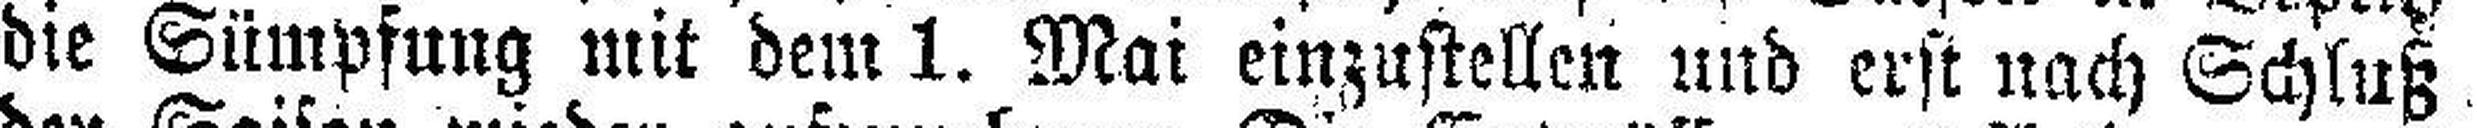
die Sümpfung mit dem 1. Mai einzustellen und erst nach Schluß